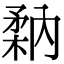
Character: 𥍲